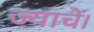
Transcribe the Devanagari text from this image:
ज्याचें।